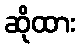
ဆိုထား